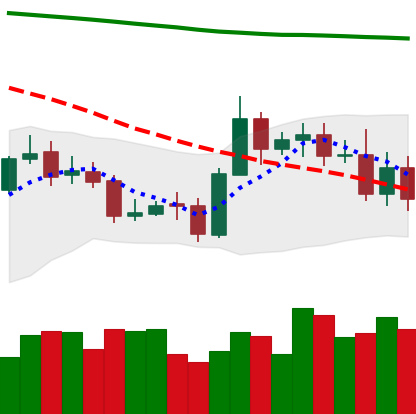
Ticker: ETC-USD
Chart end date: 2020-10-30
Forward return: -7.461%
Label: down_7plus